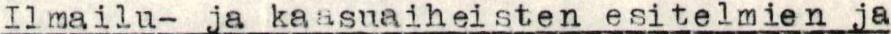
Ilmailu- ja kaasuaiheisten esitelmien ja